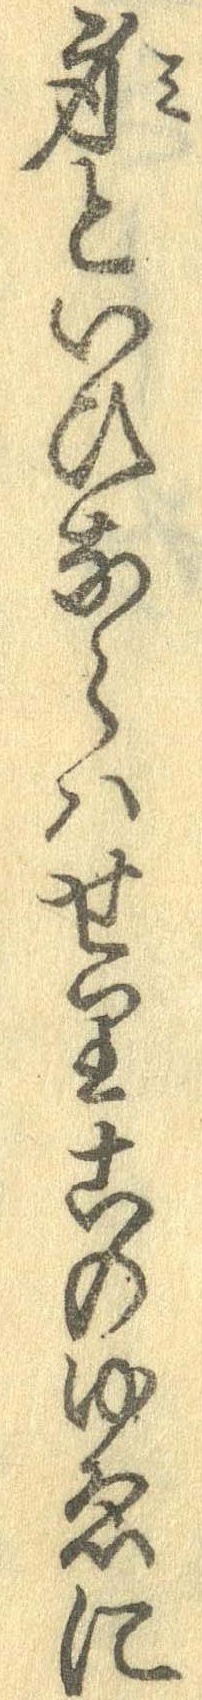
身といひならはせりこのゆゑに